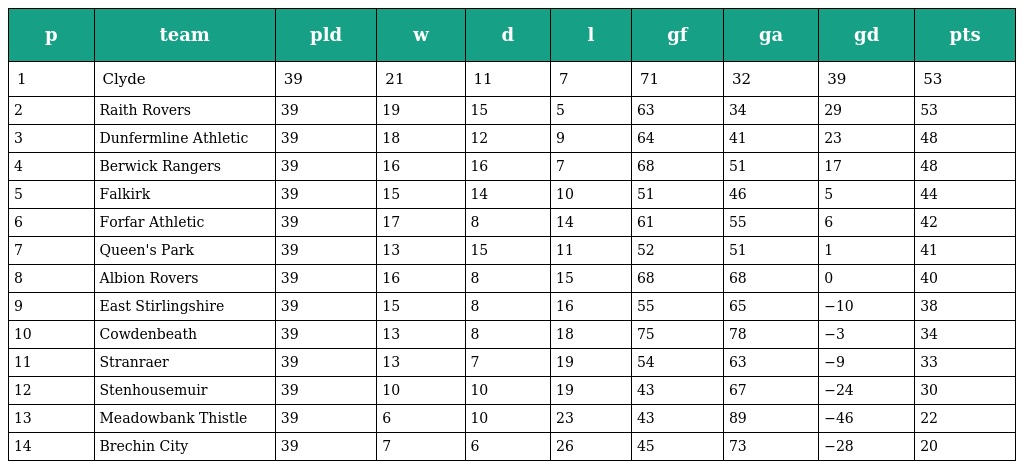
| p | team | pld | w | d | l | gf | ga | gd | pts |
 | --- | --- | --- | --- | --- | --- | --- | --- | --- | --- |
 | 1 | Clyde | 39 | 21 | 11 | 7 | 71 | 32 | 39 | 53 |
 | 2 | Raith Rovers | 39 | 19 | 15 | 5 | 63 | 34 | 29 | 53 |
 | 3 | Dunfermline Athletic | 39 | 18 | 12 | 9 | 64 | 41 | 23 | 48 |
 | 4 | Berwick Rangers | 39 | 16 | 16 | 7 | 68 | 51 | 17 | 48 |
 | 5 | Falkirk | 39 | 15 | 14 | 10 | 51 | 46 | 5 | 44 |
 | 6 | Forfar Athletic | 39 | 17 | 8 | 14 | 61 | 55 | 6 | 42 |
 | 7 | Queen's Park | 39 | 13 | 15 | 11 | 52 | 51 | 1 | 41 |
 | 8 | Albion Rovers | 39 | 16 | 8 | 15 | 68 | 68 | 0 | 40 |
 | 9 | East Stirlingshire | 39 | 15 | 8 | 16 | 55 | 65 | −10 | 38 |
 | 10 | Cowdenbeath | 39 | 13 | 8 | 18 | 75 | 78 | −3 | 34 |
 | 11 | Stranraer | 39 | 13 | 7 | 19 | 54 | 63 | −9 | 33 |
 | 12 | Stenhousemuir | 39 | 10 | 10 | 19 | 43 | 67 | −24 | 30 |
 | 13 | Meadowbank Thistle | 39 | 6 | 10 | 23 | 43 | 89 | −46 | 22 |
 | 14 | Brechin City | 39 | 7 | 6 | 26 | 45 | 73 | −28 | 20 |